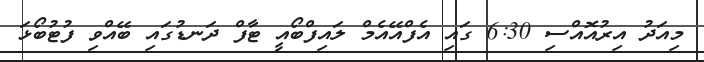
މިއަދު އިރުއޮއްސި 6:30 ގައި އެފްއޭއެމް ލައިފްބޯއީ ޓާފް ދަނޑުގައި ބޭއްވި ފުޓުބޯޅަ